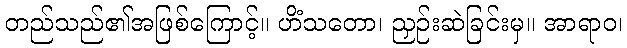
တည်သည်၏အဖြစ်ကြောင့်။ ဟိံသတော၊ ညှဉ်းဆဲခြင်းမှ။ အာရာဝ၊